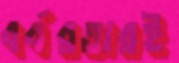
বর্বরতারই